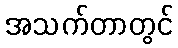
အသက်တာတွင်